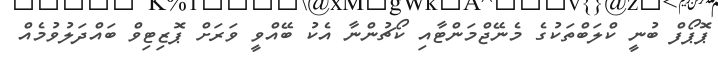
ޕޮޕޯފް ބުނީ ކްލަބްތަކުގެ މެނޭޖްމަންޓާއި ކޯޗުންނާ އެކު ބޭއްވީ ވަަރަށް ޕޮޒިޓިވް ބައްދަލުވުމެއް